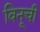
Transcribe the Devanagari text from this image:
विनूची